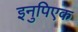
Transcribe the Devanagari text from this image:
इनुपिएक